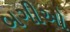
બગીઓ